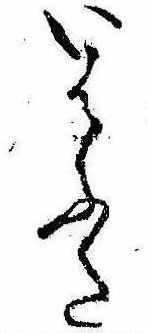
いはふた